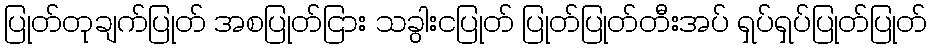
ပြုတ်တုချက်ပြုတ် အစပြုတ်ငြား သခွါးငပြုတ် ပြုတ်ပြုတ်တီးအပ် ရှပ်ရှပ်ပြုတ်ပြုတ်